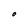
Character: O